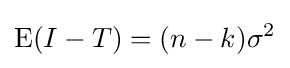
\operatorname {E} (I-T)=(n-k)\sigma ^{2}